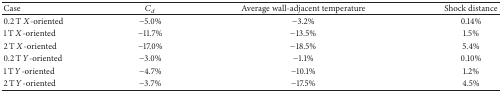
<table><thead><tr><td><b>Case</b></td><td><b><i>C</i><sub><i>d</i></sub></b></td><td><b>Average wall-adjacent temperature </b></td><td><b>Shock distance </b></td></tr></thead><tbody><tr><td>0.2 T <i>X</i>-oriented </td><td>−5.0% </td><td>−3.2% </td><td>0.14% </td></tr><tr><td>1 T <i>X</i>-oriented </td><td>−11.7% </td><td>−13.5% </td><td>1.5% </td></tr><tr><td>2 T <i>X</i>-oriented </td><td>−17.0% </td><td>−18.5% </td><td>5.4% </td></tr><tr><td>0.2 T <i>Y</i>-oriented </td><td>−3.0% </td><td>−1.1% </td><td>0.10% </td></tr><tr><td>1 T Y-oriented </td><td>−4.7% </td><td>−10.1% </td><td>1.2% </td></tr><tr><td>2 T <i>Y</i>-oriented </td><td>−3.7% </td><td>−17.5% </td><td>4.5% </td></tr></tbody></table>